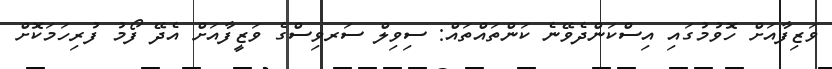
ވަޒިފާއަށް ހޮވުމުގައި އިސްކަންދެވޭނެ ކަންތައްތައް: ސިވިލް ސަރވިސްގެ ވަޒީފާއަށް އެދޭ ފޯމު ފުރިހަމަކޮށް